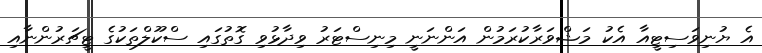
އެ ޔުނިވަސިޓީއާ އެކު މަޝްވަރާކުރަމުން އަންނަނީ މިނިސްޓަރު ވިދާޅުވި ގޮތުގައި ސްކޫލްތަކުގެ ޓީޗަރުންނާއި